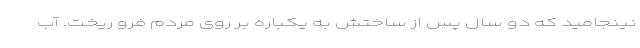
نینجامید که دو سال پس از ساختش به یکباره بر روی مردم فرو ریخت. آب